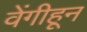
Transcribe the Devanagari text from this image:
वेंगीहून